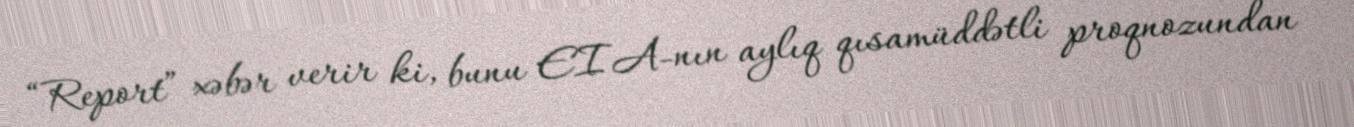
“Report” xəbər verir ki, bunu EIA-nın aylıq qısamüddətli proqnozundan –